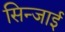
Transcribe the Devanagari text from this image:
सिन्जाई